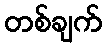
တစ်ချက်